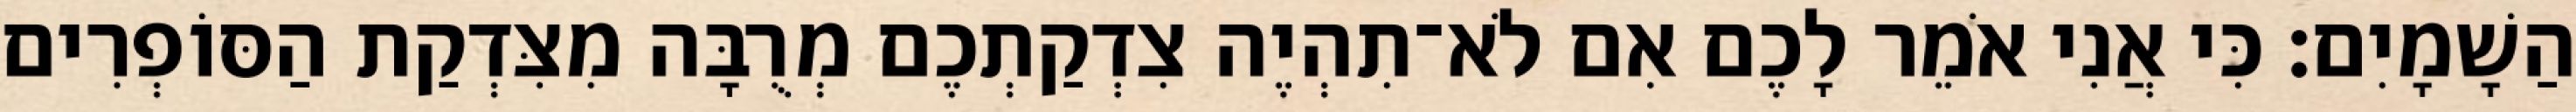
הַשָׁמָיִם׃ כִּי אֲנִי אֹמֵר לָכֶם אִם לֹא־תִהְיֶה צִדְקַתְכֶם מְרֻבָּה מִצִּדְקַת הַסּוֹפְרִים